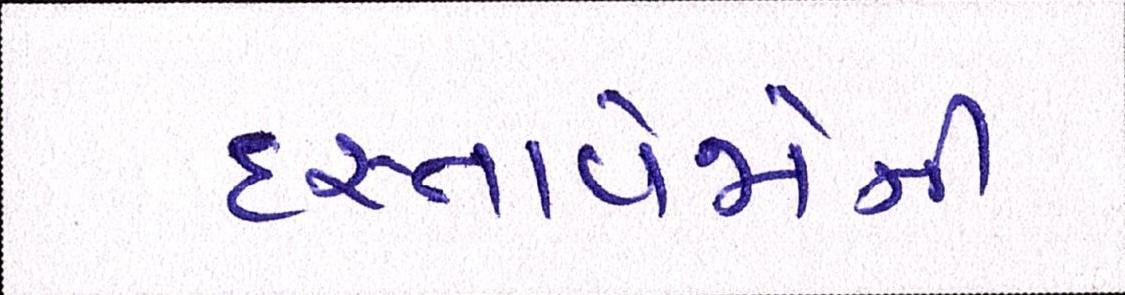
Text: દસ્તાવેજોની